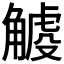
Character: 𧤧